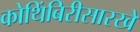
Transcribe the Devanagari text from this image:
कोथिंबिरीसारखे